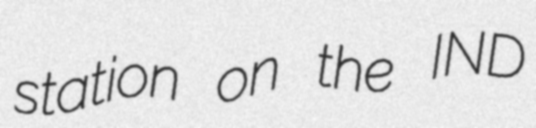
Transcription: station on the IND